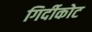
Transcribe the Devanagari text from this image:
गिर्दीकोट